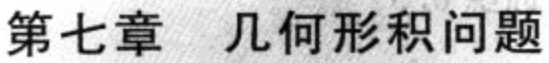
第七章 几何形积问题